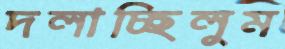
দলাচ্ছিলুম